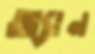
অ্যান